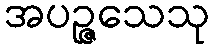
အပဉ္ဇသေသု